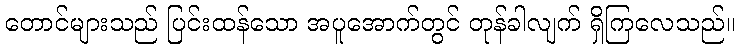
တောင်များသည် ပြင်းထန်သော အပူအောက်တွင် တုန်ခါလျက် ရှိကြလေသည်။